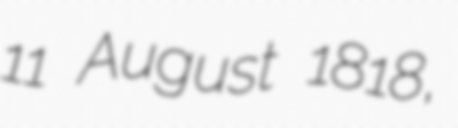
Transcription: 11 August 1818,